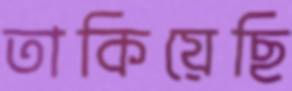
তাকিয়েছি